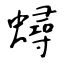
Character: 蟳